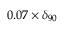
0 . 0 7 \times \delta _ { 9 0 }